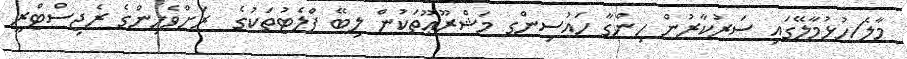
މާލެ/ހުޅުމާލޭގައި ސަރުކާރުން ހިންގާ ހައުސިންގ މަޝްރޫޢޫތަކުން ލިބޭ ފްލެޓުތަކުގެ  ރަށްވެހިންގެ ރެޖިސްޓްރީ